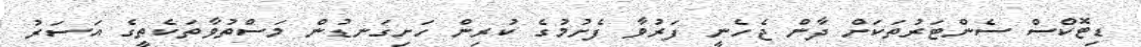
ޑިޓޮކްސް ސެންޓަރުތަކަށް ދާން ޖެހެނީ ފަރުވާ ފެށުމުގެ ކުރިން ހަށިގަނޑުން މަސްތުވާތަކެތީގެ އަސަރު